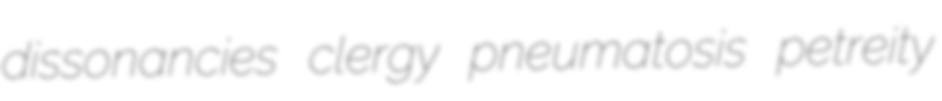
dissonancies clergy pneumatosis petreity